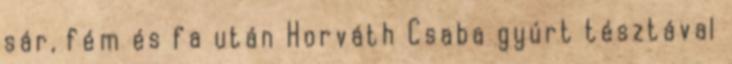
sár, fém és fa után Horváth Csaba gyúrt tésztával